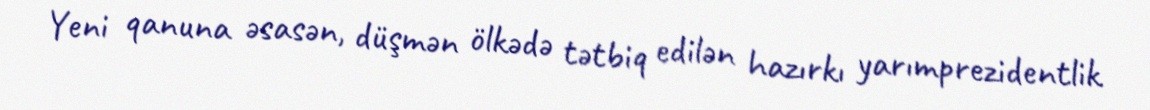
Yeni qanuna əsasən, düşmən ölkədə tətbiq edilən hazırkı yarımprezidentlik